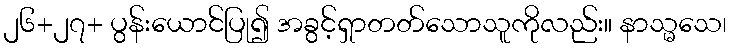
၂၆+၂၇+ ပွန်းယောင်ပြု၍ အခွင့်ရှာတတ်သောသူကိုလည်း။ နာသ္မသေ၊